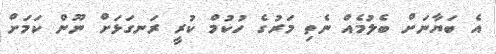
އެ ބަޔާނަށް ބެލުމެއް ނެތި މަރުގެ ހުކުމް ކުރީ ރަނގަޅަށް ނޫން ކަމަށް